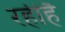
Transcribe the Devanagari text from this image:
रहीहै